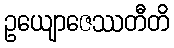
ဥယျောဇေဿတီတိ